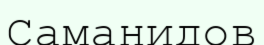
Саманидов